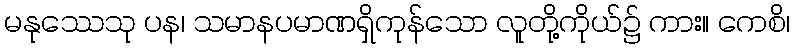
မနုဿေသု ပန၊ သမာနပမာဏရှိကုန်သော လူတို့ကိုယ်၌ ကား။ ကေစိ၊